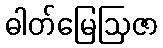
ဓါတ်မြေဩဇာ